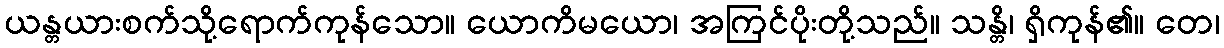
ယန္တယားစက်သို့ရောက်ကုန်သော။ ယောကိမယော၊ အကြင်ပိုးတို့သည်။ သန္တိ၊ ရှိကုန်၏။ တေ၊